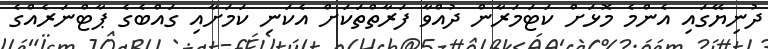
ދުނިޔޭގައި އެންމެ މޮޅަށް ކަޓަމަރާން ދުއްވާ ފަރާތްތަކަށް އެކަނި ކަމަށާއި ގައްބެގެ ޕާޓްނަރެއްގެ